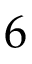
6